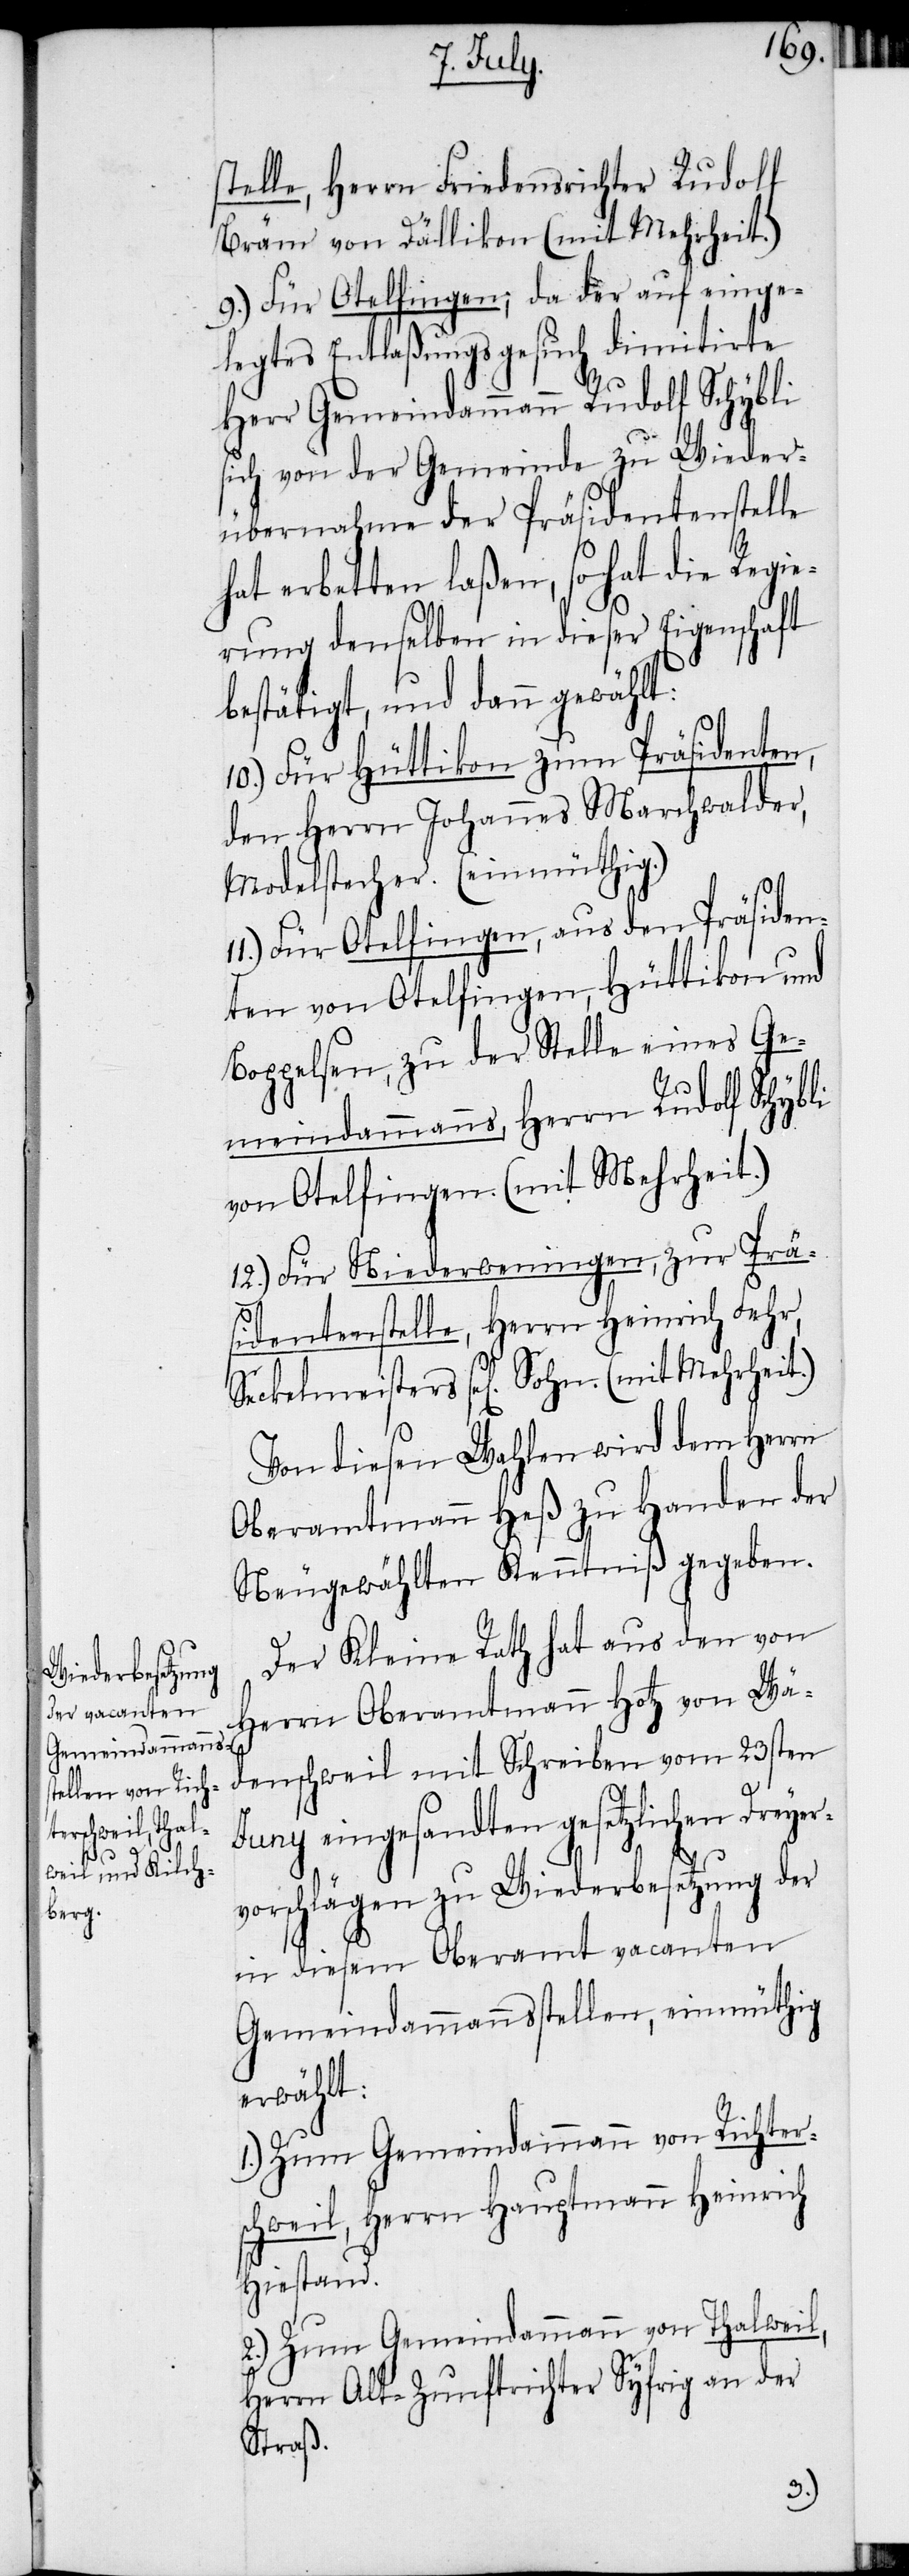
stelle, Herrn Friedensrichter Rudolf
Bräm von Dällikon (mit Mehrheit.)
9.) Für Otelfingen; da der auf einge¬
legtes Entlaßungsgesuch dimitirte
Herr Gemeindammann Rudolf Schybli
sich von der Gemeinde zu Wieder¬
übernahme der Präsidentenstelle
hat erbetten laßen, so hat die Regie¬
rung denselben in dieser Eigenschaft
bestätigt, und dann gewählt:
10.) Für Hüttikon zum Präsidenten,
den Herrn Johannes Marchwalder,
Modelstecher. (einmüthig.)
Für Otelfingen, aus den Präsiden¬
ten von Otelfingen, Hüttikon und
Boppelsen, zu der Stelle eines Ge¬
meindammanns, Herrn Rudolf Schybli
von Otelfingen (mit Mehrheit.)
12.) Für Niederweningen, zur Prä¬
sidentenstelle, Herrn Heinrich Fehr,
Seckelmeisters sel[ig] Sohn. (mit Mehrheit.)
Von diesen Wahlen wird dem Herrn
Oberamtmann Heß zu Handen der
Neugewählten Kenntniß gegeben.
Der Kleine Rath hat aus den von
Herrn Oberamtmann Hotz von Wä¬
denschweil mit Schreiben vom 23sten
Juny eingesandten gesetzlichen Dreyer¬
vorschlägen zu Wiederbesetzung der
in diesem Oberamt vacanten
Gemeindammannsstellen, einmüthig
erwählt:
1.) Zum Gemeindammann von Richter¬
schweil, Herrn Hauptmann Heinrich
Hiestand.
2.) Zum Gemeindammann von Thalweil,
Herrn Alt-Zunftrichter Syfrig an der
Straß.